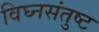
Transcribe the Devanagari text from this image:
विघ्नसंतुष्ट